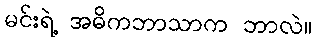
မင်းရဲ့ အဓိကဘာသာက ဘာလဲ။